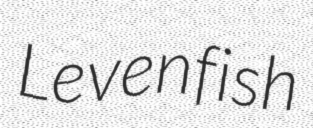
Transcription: Levenfish